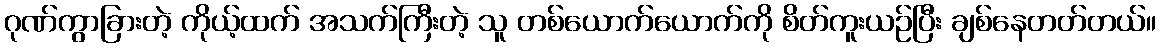
ဂုဏ်ကွာခြားတဲ့ ကိုယ့်ထက် အသက်ကြီးတဲ့ သူ တစ်ယောက်ယောက်ကို စိတ်ကူးယဉ်ပြီး ချစ်နေတတ်တယ်။